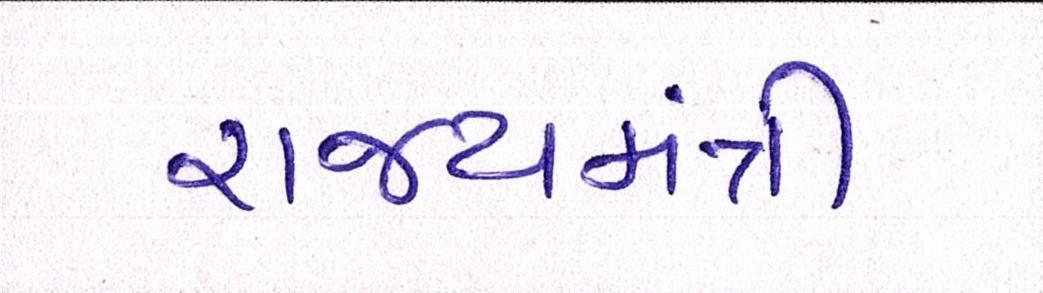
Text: રાજ્યમંત્રી